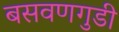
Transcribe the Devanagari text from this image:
बसवणगुडी